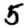
Digit: 5